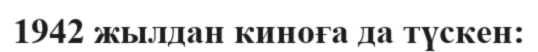
1942 жылдан киноға да түскен: